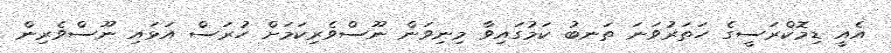
އެއީ ޑިމޮކްރަސީގެ ހަތަރުވަނަ ތަނބު ކަމުގައިވާ މިނިވަން ނޫސްވެރިކަމަށް ހުރަސް އަޅައި ނޫސްވެރިން